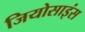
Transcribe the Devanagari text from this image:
जियोसाइंस